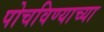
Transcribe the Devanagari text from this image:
पोचविण्याच्या